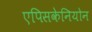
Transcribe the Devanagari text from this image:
एपिसकेनियोन